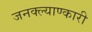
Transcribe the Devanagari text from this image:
जनक्ल्याण्कारी